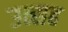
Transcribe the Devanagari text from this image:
उत्सह